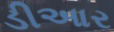
ડીઆર